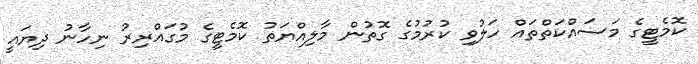
ކޮމެޓީގެ މަސައްކަތްތައް ހަލުވި ކުރުމުގެ ގޮތުން މާލިއްޔަތު ކޮމެޓީގެ މުގައްރިރު ނިހާނު ދިޔައީ